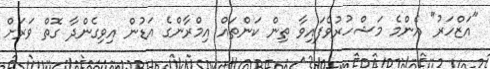
"އަޒްހަރު" އެންމެ މަޝްހުރުވެފައިވާ ތިން ކަންތައް އިމްރާންގެ އަޑުން އިވިގެންދާ ގޮތް ވަރަށް